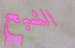
الشبح